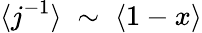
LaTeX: \langle j^{-1}\rangle\; \sim\; \langle 1-x\rangle